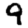
Digit: 9